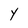
Character: Y